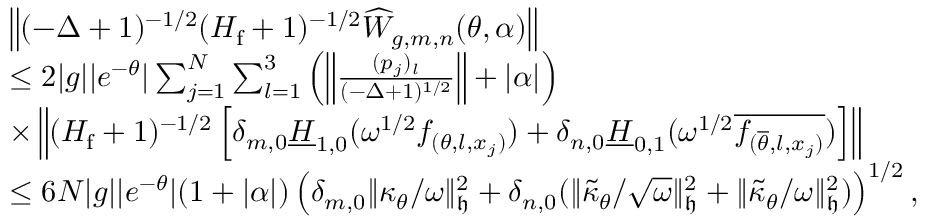
\begin{array} { r l } & { \lefteqn { \left\| ( - \Delta + 1 ) ^ { - 1 / 2 } ( H _ { \mathrm { f } } + 1 ) ^ { - 1 / 2 } \widehat { W } _ { g , m , n } ( { \theta , \alpha } ) \right\| } } \\ & { \leq 2 | g | | e ^ { - \theta } | \sum _ { j = 1 } ^ { N } \sum _ { l = 1 } ^ { 3 } \left( \left\| \frac { ( p _ { j } ) _ { l } } { ( - \Delta + 1 ) ^ { 1 / 2 } } \right\| + | \alpha | \right) } \\ & { \times \left\| ( H _ { \mathrm { f } } + 1 ) ^ { - 1 / 2 } \left[ \delta _ { m , 0 } \underline { { H } } _ { 1 , 0 } ( \omega ^ { 1 / 2 } f _ { ( \theta , l , x _ { j } ) } ) + \delta _ { n , 0 } \underline { { H } } _ { 0 , 1 } ( \omega ^ { 1 / 2 } \overline { { f _ { ( \overline { { \theta } } , l , x _ { j } ) } } } ) \right] \right\| } \\ & { \leq 6 N | g | | e ^ { - \theta } | ( 1 + | \alpha | ) \left( \delta _ { m , 0 } \| \kappa _ { \theta } / \omega \| _ { \mathfrak { h } } ^ { 2 } + \delta _ { n , 0 } ( \| \tilde { \kappa } _ { { \theta } } / \sqrt { \omega } \| _ { \mathfrak { h } } ^ { 2 } + \| \tilde { \kappa } _ { { \theta } } / \omega \| _ { \mathfrak { h } } ^ { 2 } ) \right) ^ { 1 / 2 } , } \end{array}